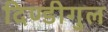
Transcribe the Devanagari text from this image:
दिण्डीगुल